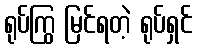
ရုပ်ကြွ မြင်ရတဲ့ ရုပ်ရှင်